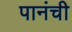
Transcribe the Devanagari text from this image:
पानंची